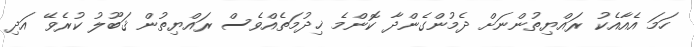
ހަމަ އެއާއެކު ރައްޔިތުންނަށް ދެމުންގެންދާ ކޮންމެ ޚިދުމަތެއްވެސް ރައްޔިތުން ޤަބޫލު ކުރެވޭ އަދި